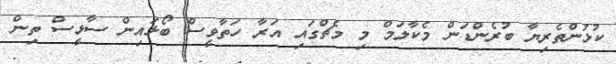
ކުޅުންތެރިޔާ ބުރެންޑަން މެކާލަމް މި މެޗްގައި އަރާ ހަތާވީސް ބޯޅައިން ސާޅީސް ތިން